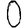
Digit: 0